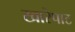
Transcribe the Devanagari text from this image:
खारेपाट